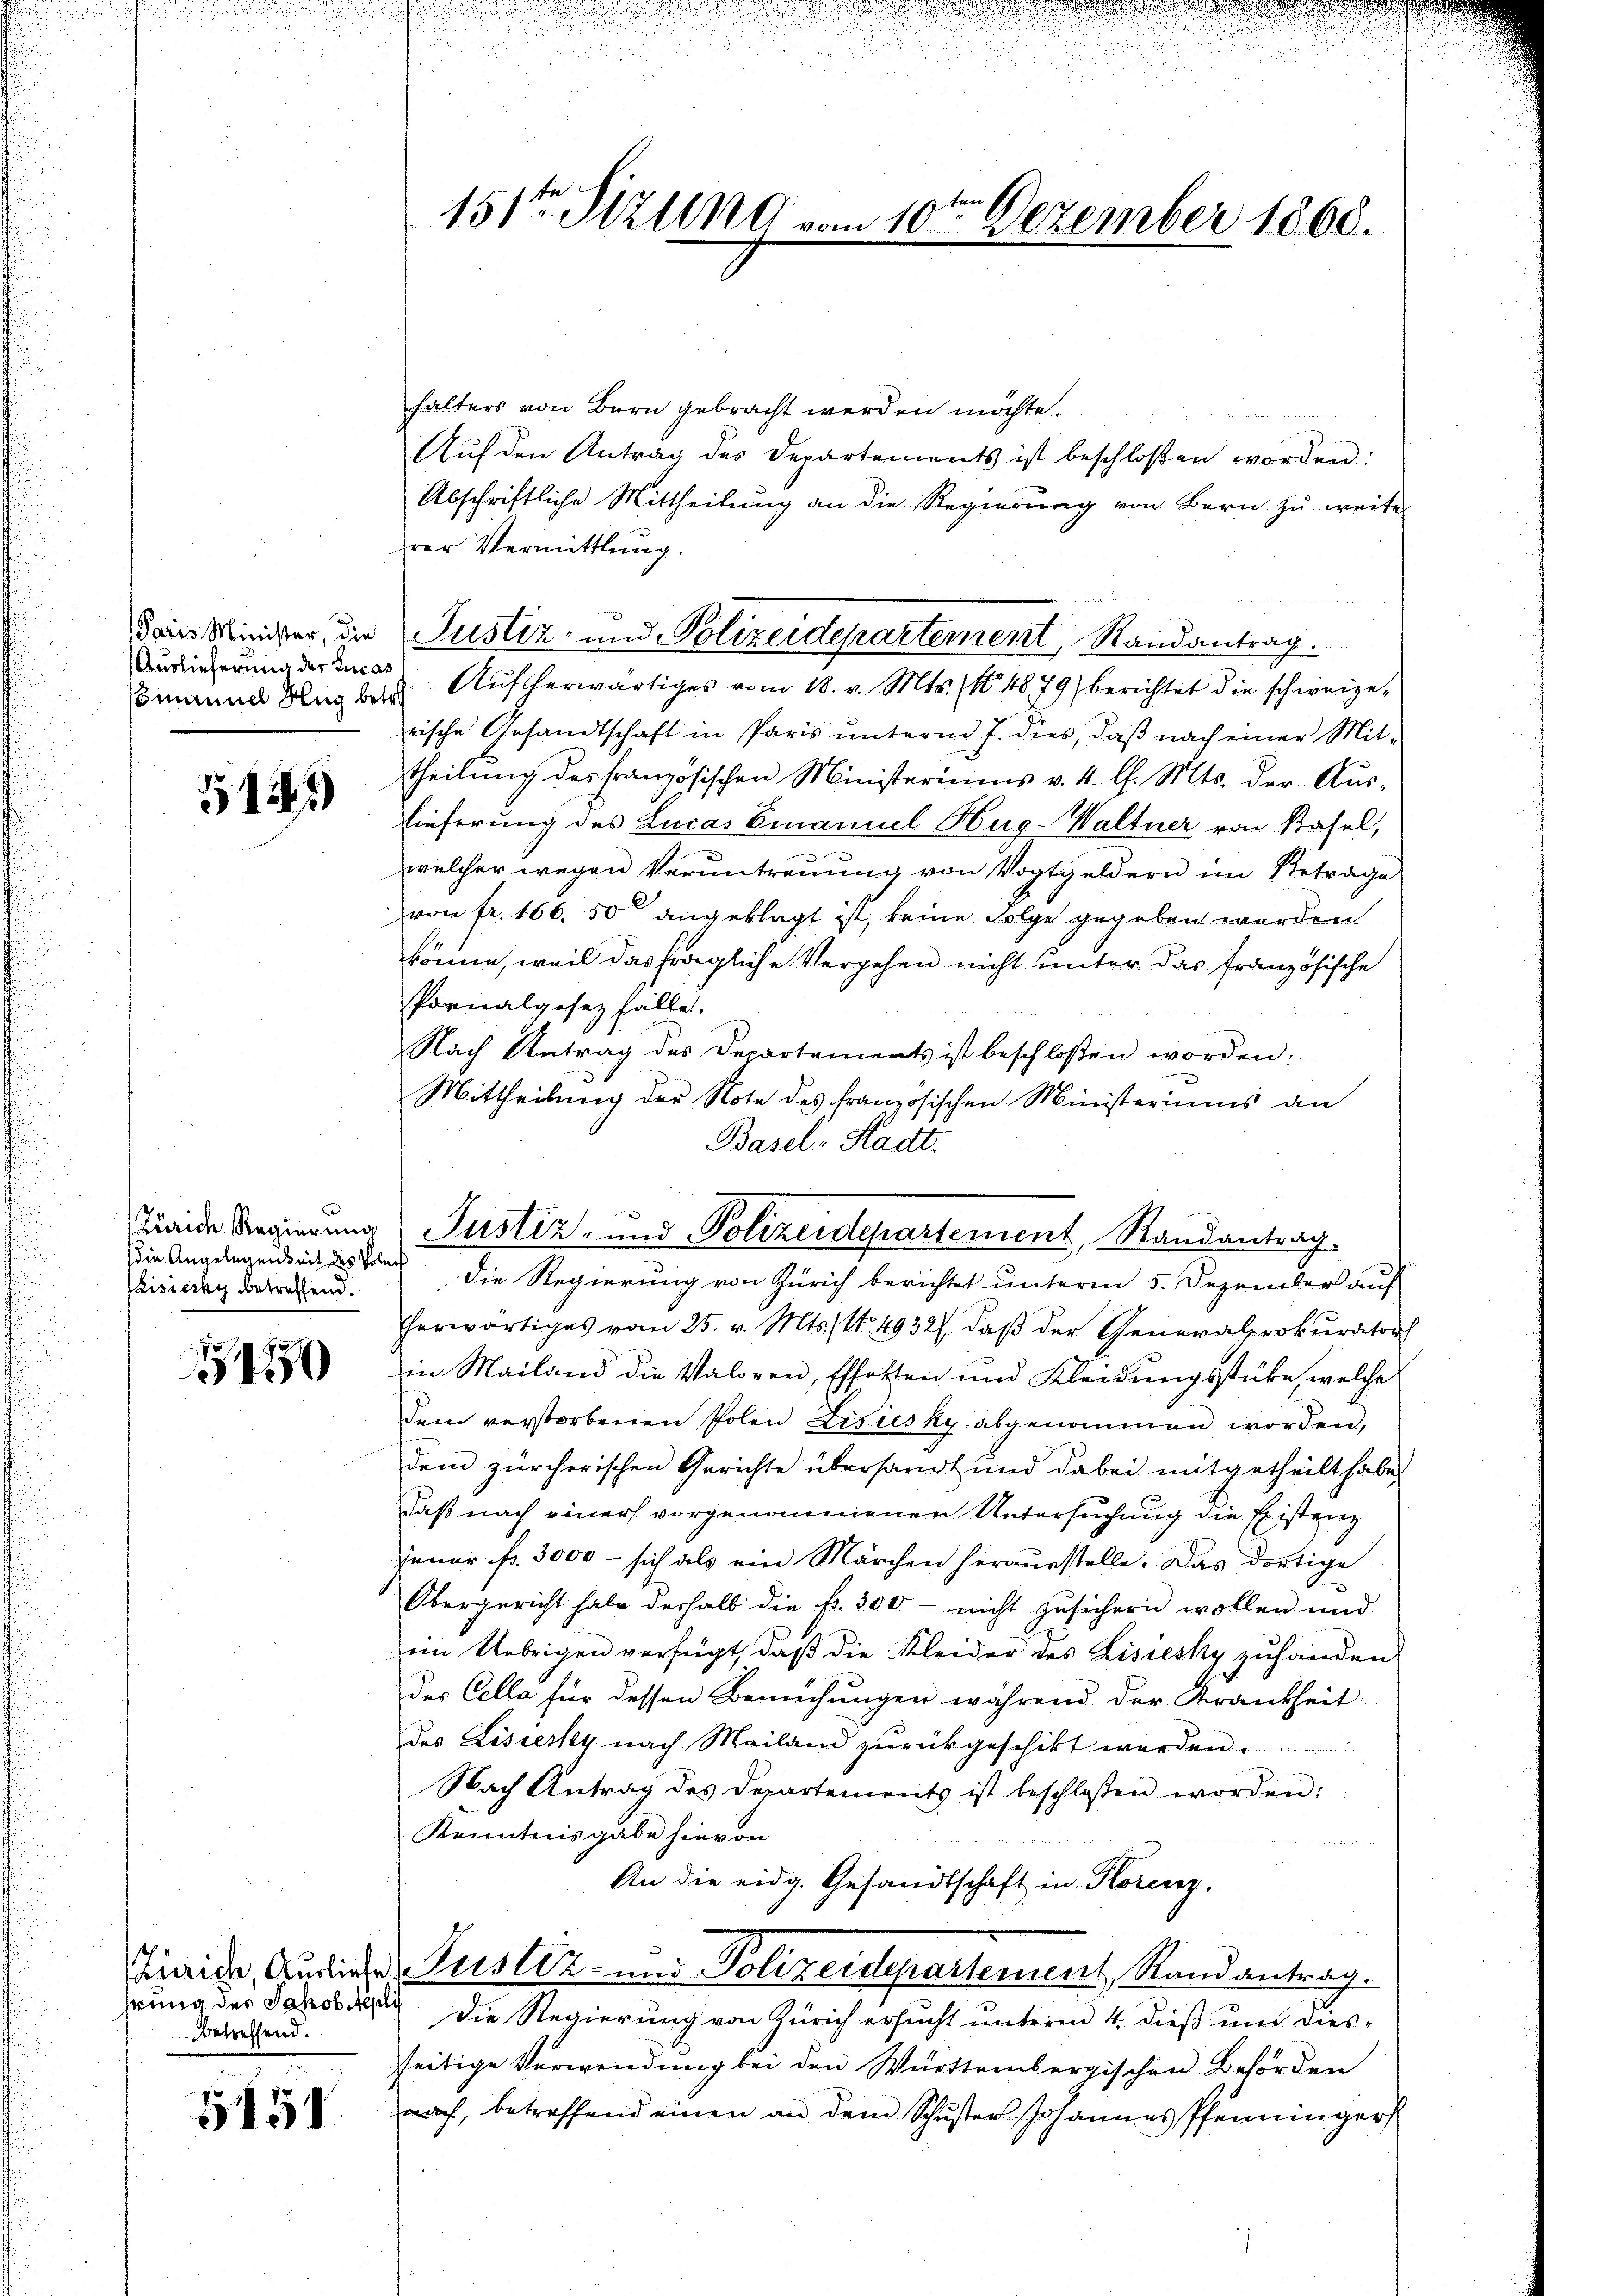
Paris Minister, die
Auslieferung der Lucas
Comaniel Hug betr

5145

Zürich Regierung
Eisicsky betreffend.

150

hrung des Jakob Nepli
betreffend.

158

151ten Sitzung vom 10ten Dezember 1860.

halters von Bern gebracht werden möchte.
e
Aŭf den Antrag des Departements ist beschloßen worden:
Abschriftliche Mittheilung an die Regierung von Bern zu weiter
rer Vermittlung.
Aufherwärtiges vom 18. v. Mts. (N. 4879) berichtet die schweizerische Gesandtschaft in Paris unterm 7. dies, daß nach einer Mittheilung des französischen Ministeriums v. 4. l. Mts. der Aus-
Lieferung des Lucas Emanuel Hug-Waltner von Basel,
welcher wegen Veruntreuung von Vogtgeldern im Betrage
von fr. 166. 50 angeklagt ist, keine Folge gegeben worden.
könne, weil das fragliche Vergehen nicht unter das französische
Pornalgesez fälle.
Nach Antrag des Departaments ist beschloßen worden:
Mittheilung der Note des französischen Ministeriums an
Basel-Stadt.
Justiz- und Polizeidepartement, Randantrag.
Die Angelegenseit nach die Regierung von Zürich berichtet unterm 5. Dezember auf
herwärtiges vom 25. v. Mts. 1. 4932), daß der Generalprokurator
in Mailand die Valoren, Effetten und Kleidŭngsstücke, welche
dem verstorbenen Polen Lisiesky abgenommen worden,
dem zürcherischen Gerichte übersandt und dabei mitgetheilt habe,
Daß nach einer vorgenommenen Untersuchung die Existanz
jener fr. 3000 - sich als ein Märchen herausstelle. Das dortige
Obergericht habe deshalb die fr. 300 - nicht zusichern wollen und
im Uebrigen verfügt, daß die Kleider des Lisiesky zuhanden
des Cella für dessen Bemühungen während der Krankheit:
des Lisiesky nach Mailand zŭrückgeschikt werden.
Nach Antrag des Departements ist beschlossen worden:
Kenntnisgabe hievon
An die eidg. Gesandtschaft in Florenz,

Justiz- und Polizeidepartement, Randantrag.

Liaide, Audiater Justiz- und Polizeidepartement, Randantrag.

Die Regierung von Zürich ersucht unterm 4. dieß und diesseitige Verwendung bei den Württembergischen Behörden
aach, betreffend einen an dem Schŭster Johannes Pfenninger